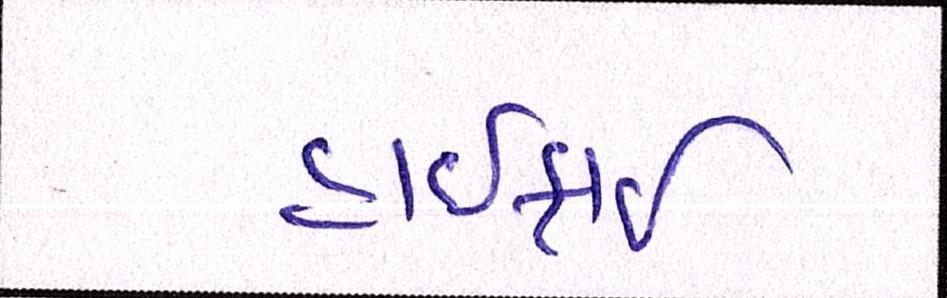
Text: હાઈફાઈ